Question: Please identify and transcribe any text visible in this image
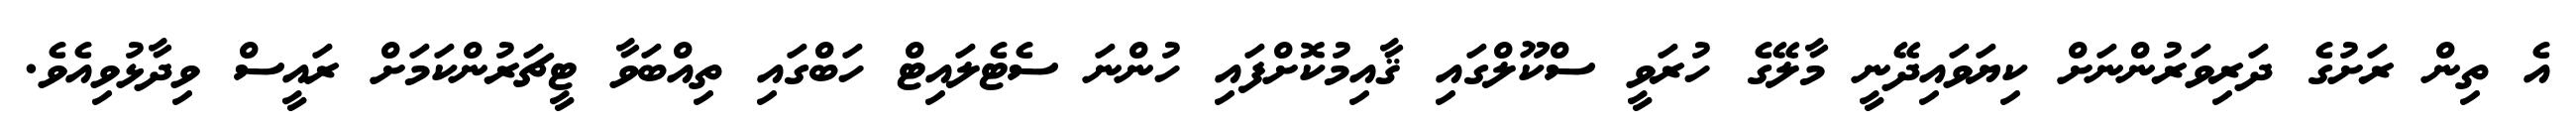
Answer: އެ ތިން ރަށުގެ ދަރިވަރުންނަށް ކިޔަވައިދޭނީ މާލޭގެ ހުރަވީ ސްކޫލްގައި ޤާއިމުކޮށްފައި ހުންނަ ސެޓެލައިޓް ހަބްގައި ތިއްބަވާ ޓީޗަރުންކަމަށް ރައީސް ވިދާޅުވިއެވެ.